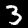
Digit: 3